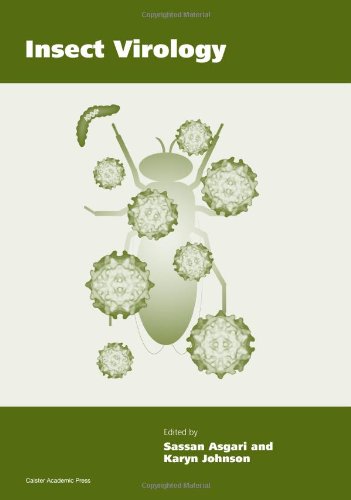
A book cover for Insect Virology; Science & Math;